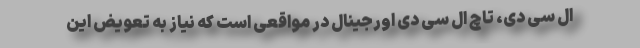
ال سی دی، تاچ ال سی دی اورجینال در مواقعی است که نیاز به تعویض این